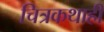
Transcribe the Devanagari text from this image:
चित्रकथाही